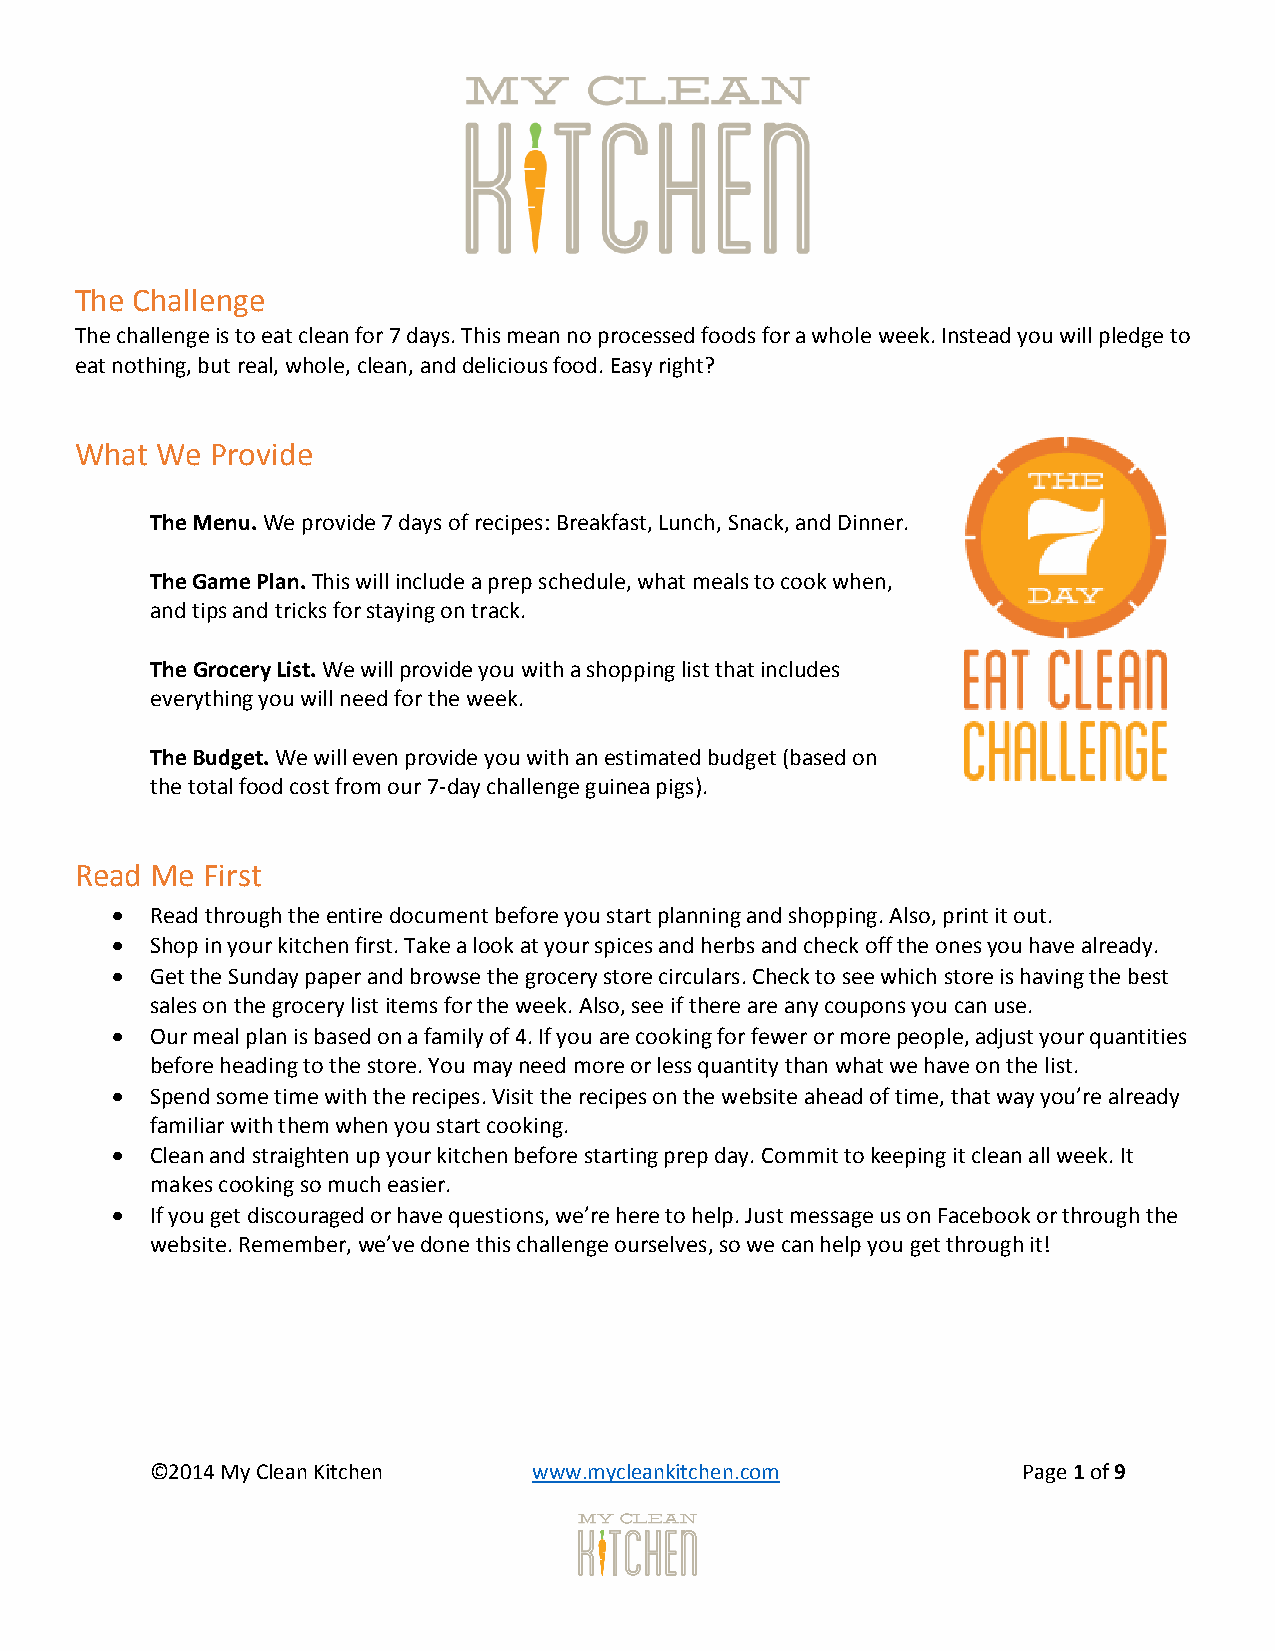
The Challenge
 The challenge is to eat clean for 7 days. This mean no processed foods for a whole week. Instead you will pledge to
 eat nothing, but real, whole, clean, and delicious food. Easy right?
 What We  Provide
 The Menu. We provide 7 days of recipes: Breakfast, Lunch, Snack, and Dinner.
 The Game Plan. This will include a prep schedule, what meals to cook when,
 and tips and tricks for staying on track.
 The Grocery List. We will provide you with a shopping list that includes
 everything you will need for the week.
 The Budget. We will even provide you with an estimated budget (based on
 the total food cost from our 7-day challenge guinea pigs).
 Read Me First
   Read through the entire document before you start planning and shopping. Also, print it out.
   Shop in your kitchen first. Take a look at your spices and herbs and check off the ones you have already.
   Get the Sunday paper and browse the grocery store circulars. Check to see which store is having the best
 sales on the grocery list items for the week. Also, see if there are any coupons you can use.
   Our meal plan is based on a family of 4. If you are cooking for fewer or more people, adjust your quantities
 before heading to the store. You may need more or less quantity than what we have on the list.
   Spend some time with the recipes. Visit the recipes on the website ahead of time, that way you’re already
 familiar with them when you start cooking.
   Clean and straighten up your kitchen before starting prep day. Commit to keeping it clean all week. It
 makes cooking so much easier.
   If you get discouraged or have questions, we’re here to help. Just message us on Facebook or through the
 website. Remember, we’ve done this challenge ourselves, so we can help you get through it!
 ©2014 My Clean Kitchen   www.mycleankitchen.com           Page 1 of 9